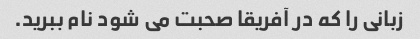
زبانی را که در آفریقا صحبت می شود نام ببرید.